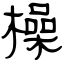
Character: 橾